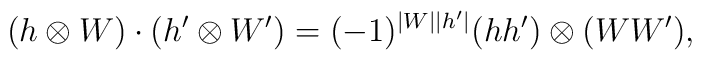
(h\otimes W)\cdot (h^\prime \otimes W^\prime )=(-1)^{\vert W\vert  \vert h^\prime\vert }(h h^\prime )\otimes (W W^\prime ),